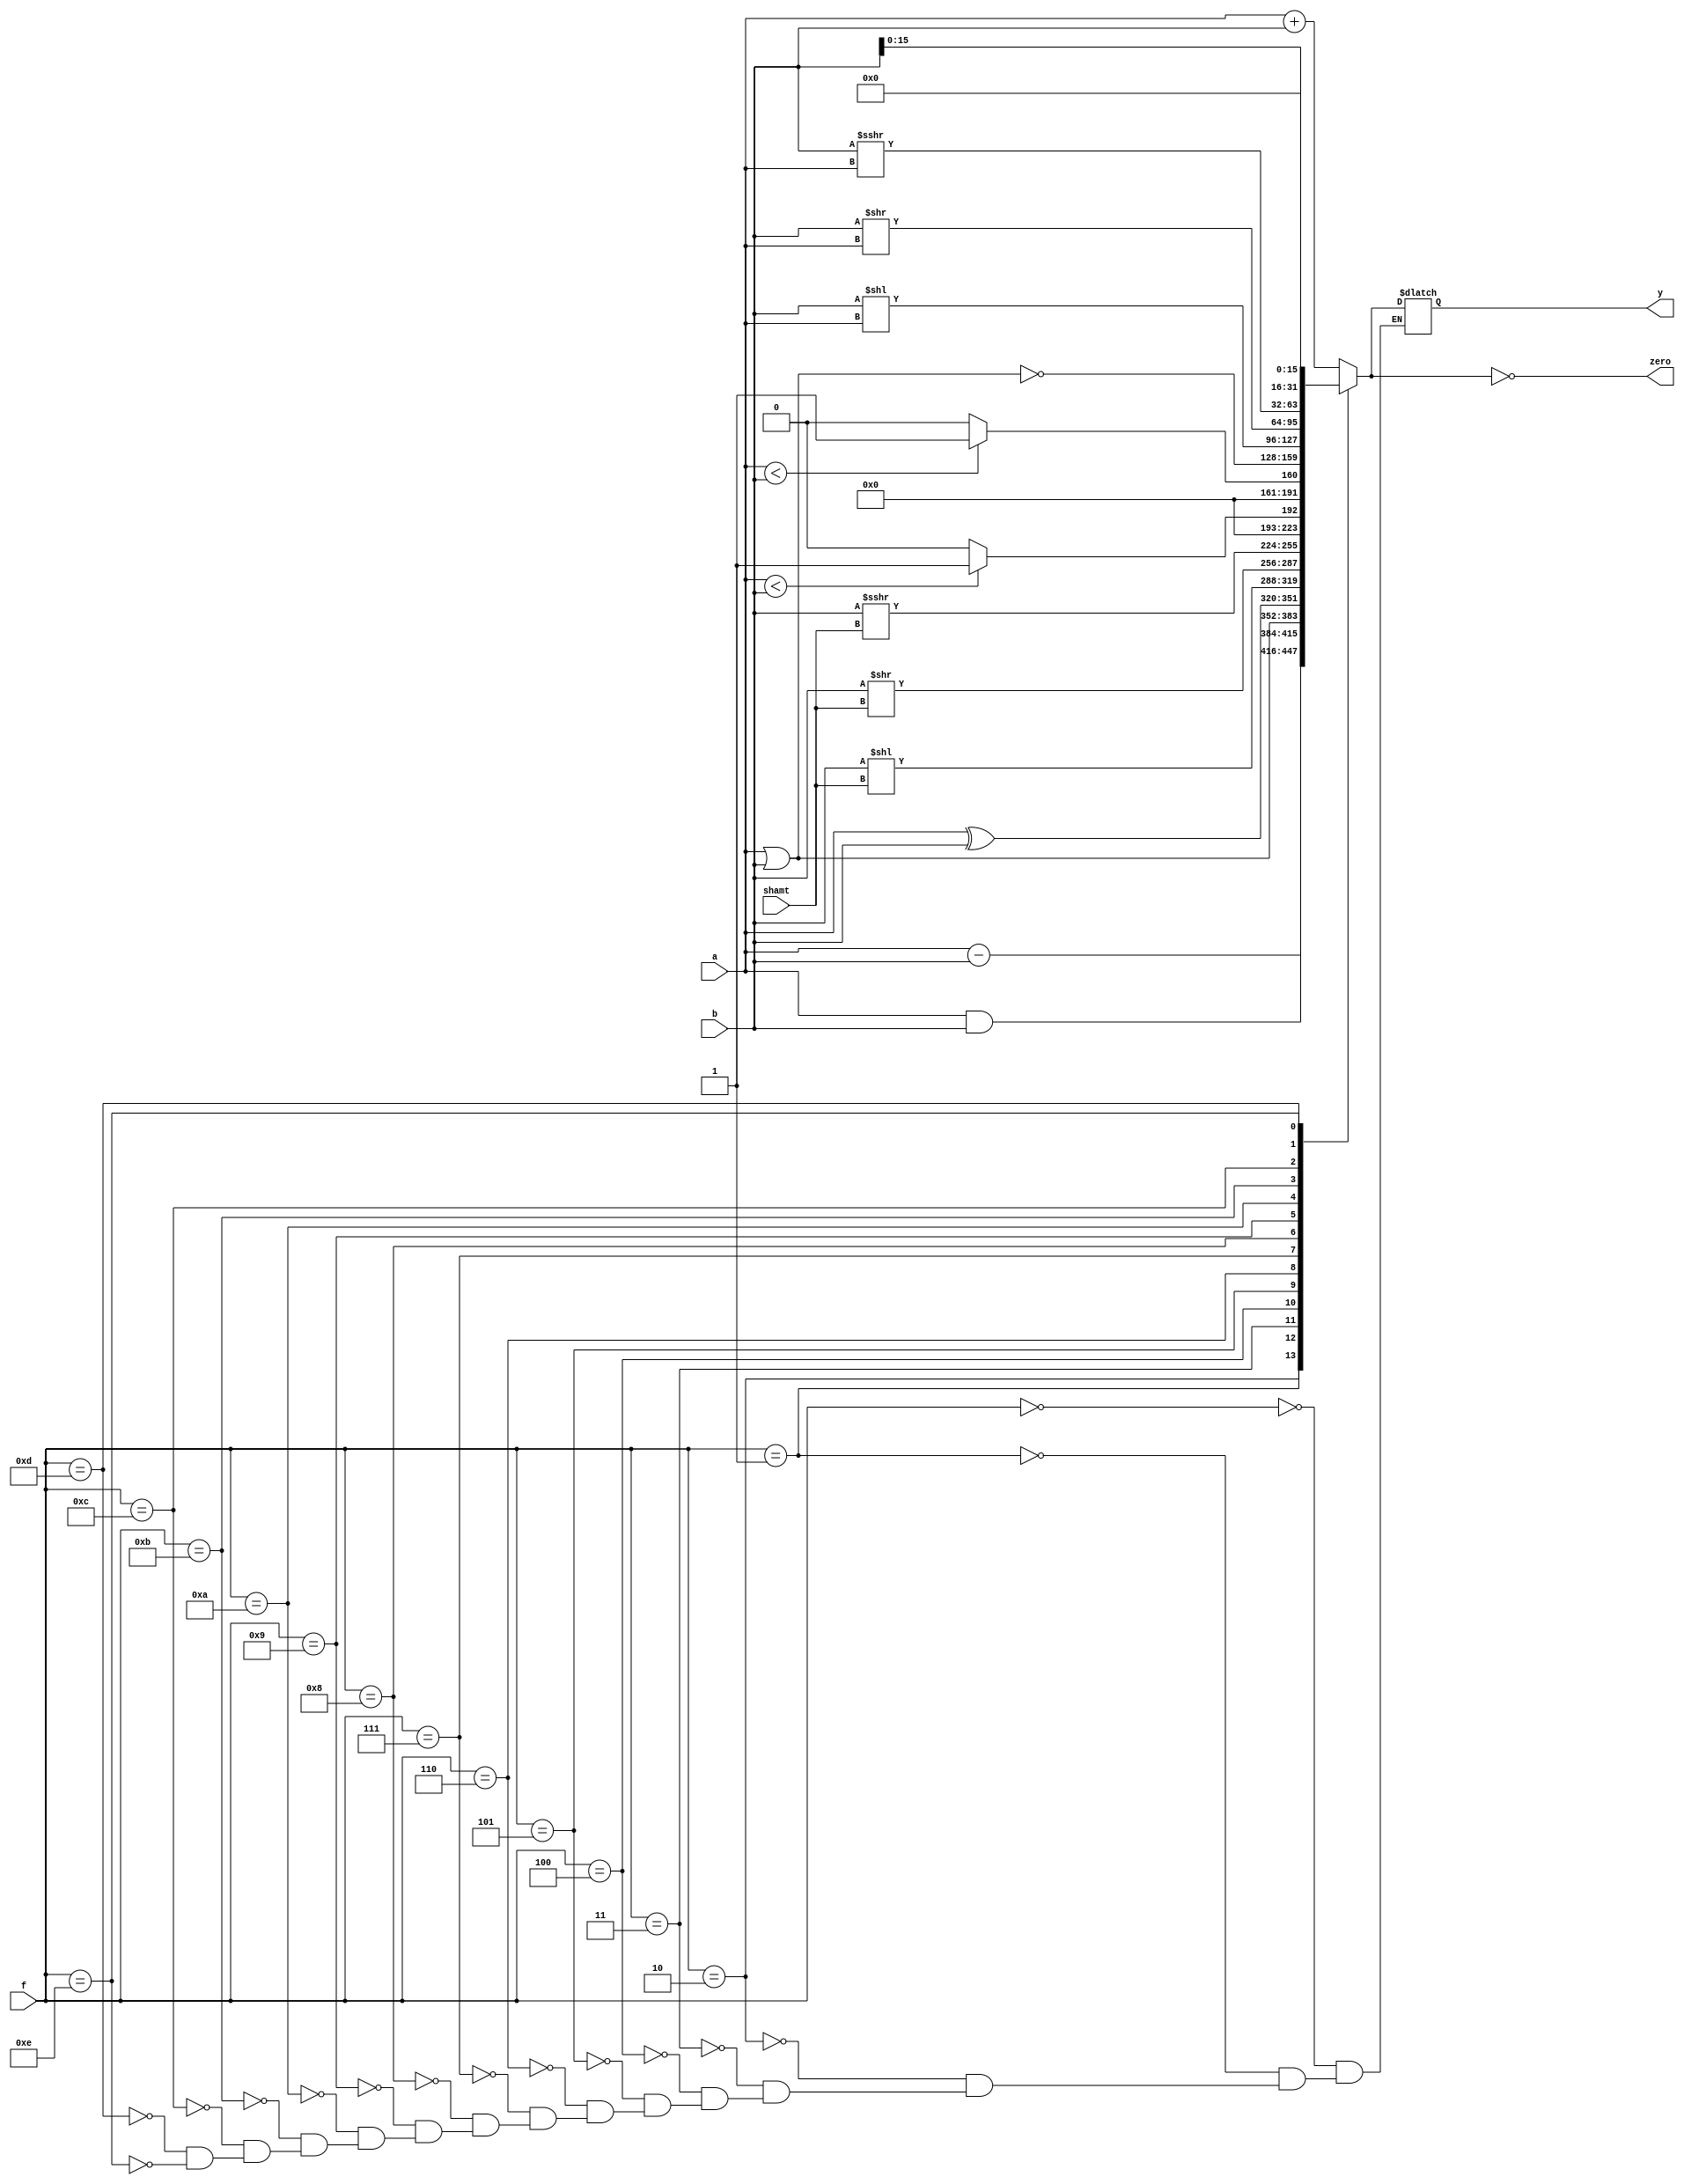

`timescale 1ns/1ns

module alu32( input [31:0] a, 
            input [31:0] b,
            input [3:0] f,
            input [4:0] shamt,
            output reg [31:0] y, 
            output reg zero);

always @ (*) begin

    case (f)
        4'b0000: y = a + b;                             // ADD
        4'b0001: y = a - b;                             // SUB
        4'b0010: y = a & b;                             // AND
        4'b0011: y = a | b;                             // OR
        4'b0100: y = a ^ b;                             // XOR
        4'b0101: y = b << shamt;                        // SLL
        4'b0110: y = b >> shamt;                        // SRL
        4'b0111: y = $signed($signed(b) >>> shamt);     // SRA
        4'b1000: y = $signed(a) < $signed(b) ? 1 : 0;   // SLT
        4'b1001: y = a < b ? 1 : 0;                     // SLTU
        4'b1010: y = ~ (a | b);                         // NOR 
        4'b1011: y = b << a;                            // SLLV
        4'b1100: y = b >> a;                            // SRLV
        4'b1101: y = $signed($signed(b) >>> a);         // SRAV
        4'b1110: y = {b[15:0], 16'b0};                  // LUI
    endcase
         zero = (y==8'b0);
     end
endmodule